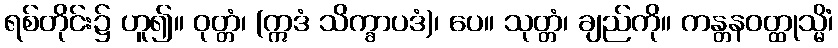
ရစ်တိုင်း၌ ဟူ၍။ ဝုတ္တံ၊ (ဣဒံ သိက္ခာပဒံ)၊ ပေ။ သုတ္တံ၊ ချည်ကို။ ကန္တနဝတ္ထုသ္မိံ၊